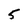
Character: 5